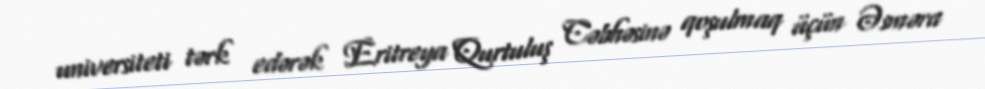
universiteti tərk edərək Eritreya Qurtuluş Cəbhəsinə qoşulmaq üçün Əsməra